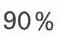
90 %